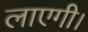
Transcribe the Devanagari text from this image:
लाएगी।